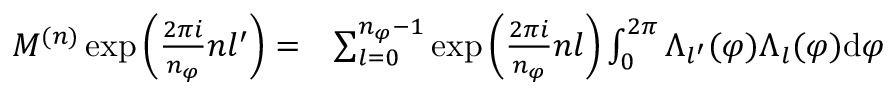
\begin{array} { r l } { M ^ { ( n ) } \exp { \left( \frac { 2 \pi i } { n _ { \varphi } } n l ^ { \prime } \right) } = } & { \sum _ { l = 0 } ^ { n _ { \varphi } - 1 } \exp { \left( \frac { 2 \pi i } { n _ { \varphi } } n l \right) } \int _ { 0 } ^ { 2 \pi } \Lambda _ { l ^ { \prime } } ( \varphi ) \Lambda _ { l } ( \varphi ) \mathrm { d } \varphi } \end{array}